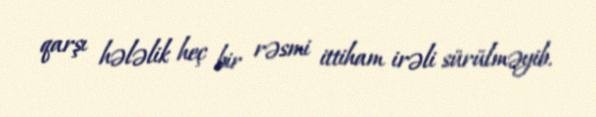
qarşı hələlik heç bir rəsmi ittiham irəli sürülməyib.